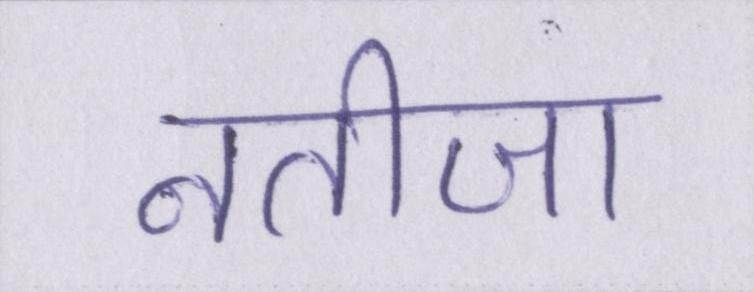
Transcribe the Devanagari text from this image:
नतीजा